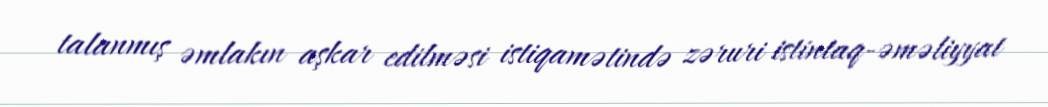
talanmış əmlakın aşkar edilməsi istiqamətində zəruri istintaq-əməliyyat